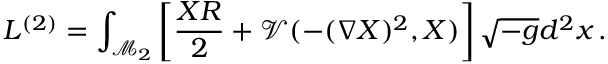
L ^ { ( 2 ) } = \int _ { \mathcal { M } _ { 2 } } \left[ \frac { X R } 2 + \mathcal { V } ( - ( \nabla X ) ^ { 2 } , X ) \right] \sqrt { - g } d ^ { 2 } x \, .